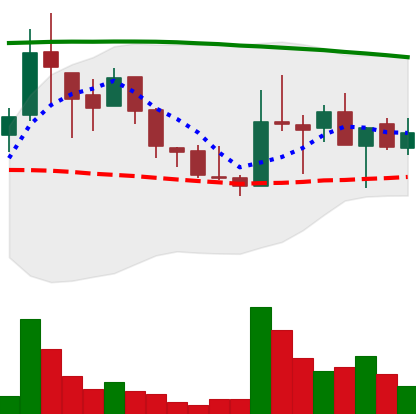
Ticker: LINK-USD
Chart end date: 2018-08-16
Forward return: 16.285%
Label: up_7plus